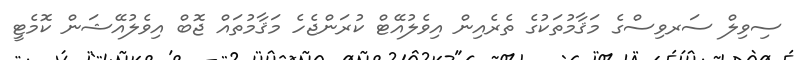
ސިވިލް ސަރވިސްގެ މަޤާމުތަކުގެ ތެރެއިން އިވެލުއޭޓް ކުރަންޖެހެ މަޤާމުތައް ޖޮބް އިވެލުއޭޝަން ކޮމެޓީ